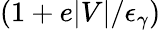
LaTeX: (1+e|V|/\epsilon_{\gamma})